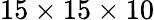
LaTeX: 15\times 15\times 10